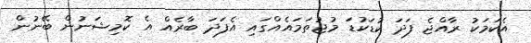
އެކަމަކު ރާއްޖެ ފަދަ ކުޑަކުޑަ މުޖުތަމައެއްގައި އެފަދަ ބާރެއް އެ ކޮމިޝަނުން ބޭނުން